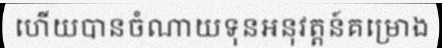
ហើយបានចំណាយទុនអនុវត្តន៍គម្រោង